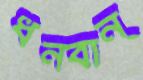
ধনবান্‌